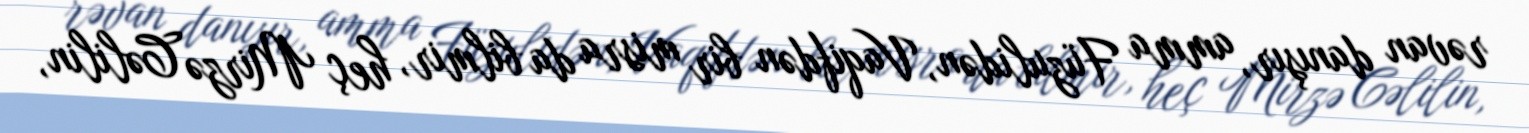
rəvan danışır, amma Füzulidən, Vaqifdən bir misra da bilmir, heç Mirzə Cəlilin,